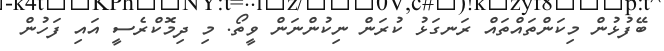
ބޭފުޅުން މިކަންތައްތައް ރަނގަޅު ކުރަން ނިކުންނަން ވީތޯ. މި ދިމޮކްރެސީ އައި ފަހުން